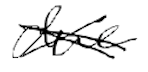
Text: due
Cross-out: cross
Writing tool: digital_black